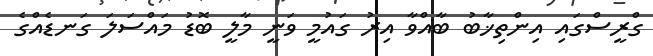
ގްރީސްގައި އިންތިޚާބު ބާއްވާ އިރު ގައުމީ ވަނީ މާލީ ބޮޑު މައްސަލަ ގަނޑެއްގެ